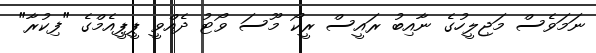
ނަމަވެސް މަޖިލީހުގެ ނާއިބު ރައީސް ރީކޯ މޫސަ ވޯޓު ދެއްވީ ޕީޕީއެމްގެ "ފިކުރާ"